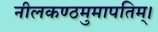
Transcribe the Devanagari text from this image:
नीलकण्ठमुमापतिम्।